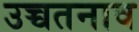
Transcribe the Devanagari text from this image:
उच्चतनाव